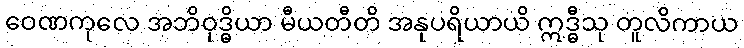
ဝေဏကုလေ အဘိဝုဒ္ဓိယာ မီယတီတိ အနုပရိယာယိ ဣဒ္ဓီသု တူလိကာယ